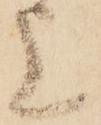
上